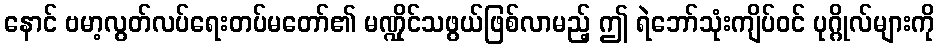
နောင် ဗမာ့လွတ်လပ်ရေးတပ်မတော်၏ မဏ္ဍိုင်သဖွယ်ဖြစ်လာမည့် ဤ ရဲဘော်သုံးကျိပ်ဝင် ပုဂ္ဂိုလ်များကို